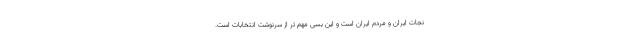
نجات ایران و مردم ایران است و این بسی مهم تر از سرنوشت انتخابات است.